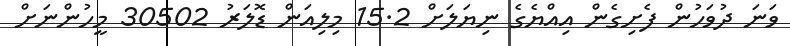
ވަނަ ދުވަހުން ފެށިގެން އިއްޔެގެ ނިޔަލަށް 15.2 މިލިއަން ޑޮލަރު 30502 މީހުންނަށް